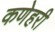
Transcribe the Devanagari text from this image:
कणेहरी